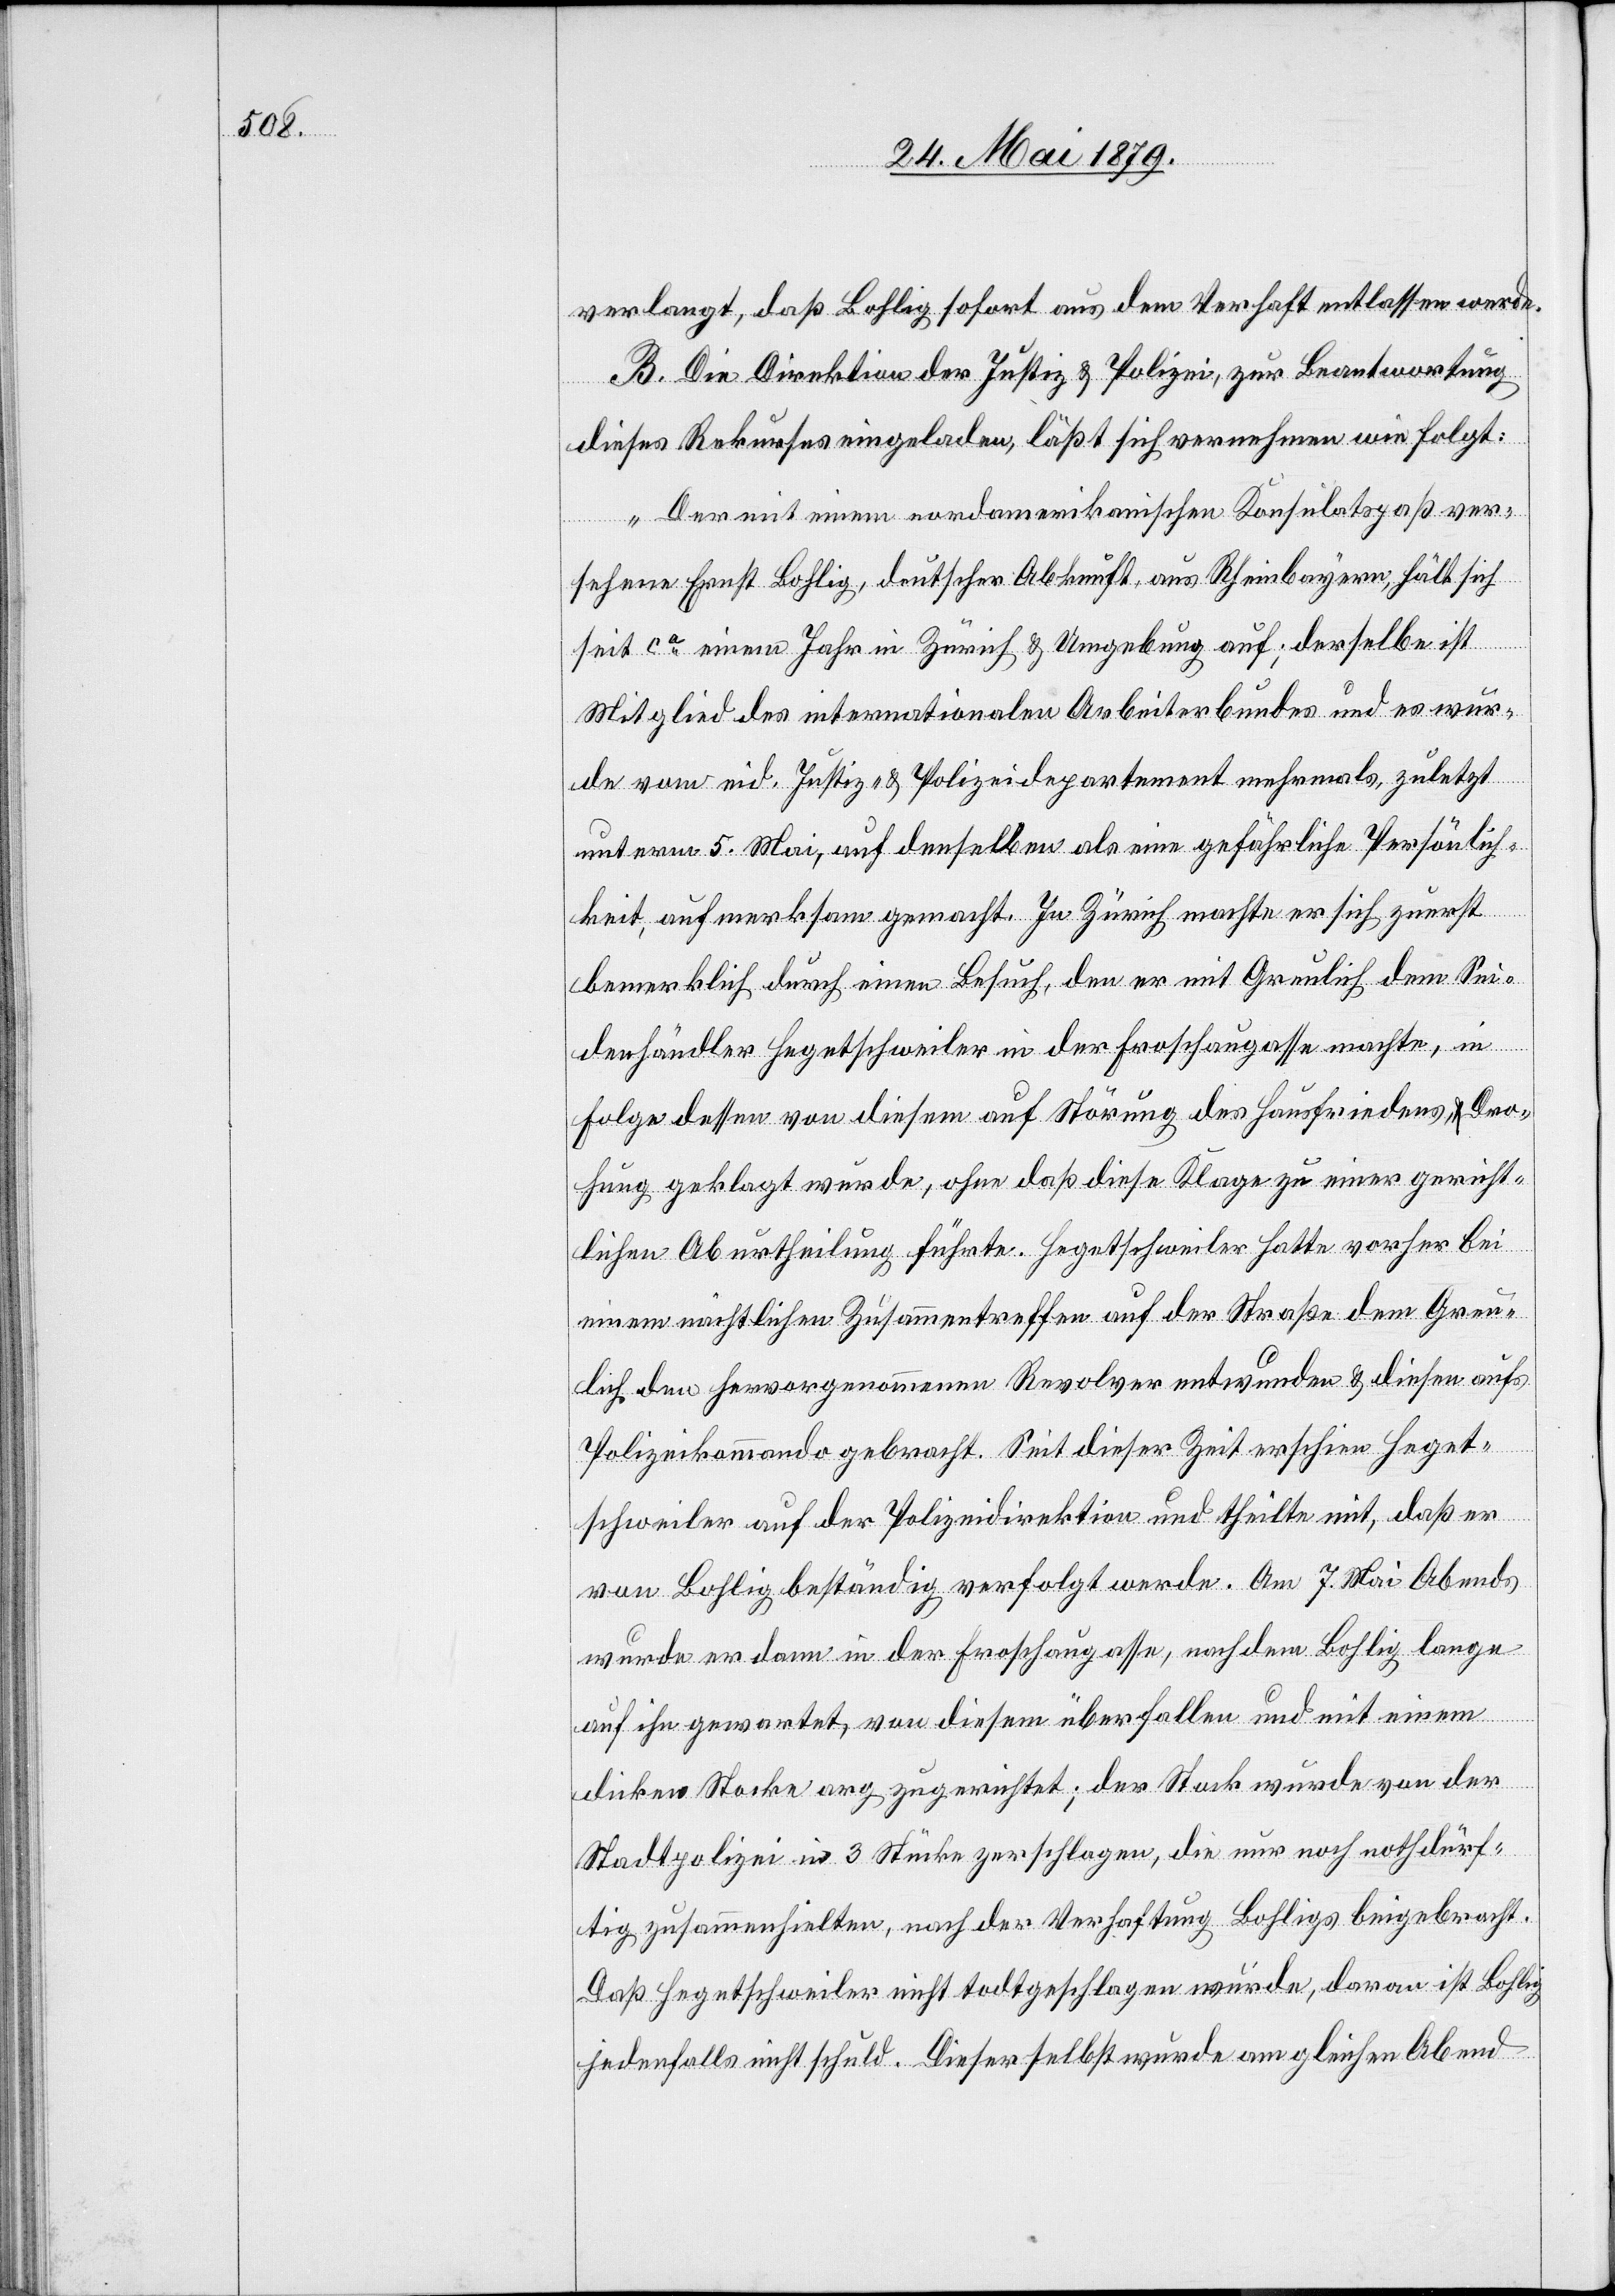
verlangt, daß Bohlig sofort aus dem Verhaft entlassen werde.
B. Die Direktion der Justiz & Polizei, zur Beantwortung
dieses Rekurses eingeladen, läßt sich vernehmen wie folgt:
„Der mit einem nordamerikanischen Konsulatspaß ver¬
sehene Ernst Bohlig, deutscher Abkunft, aus Rheinbayern, hält sich
seit ca einem Jahr in Zürich & Umgebung auf; derselbe ist
Mitglied des internationalen Arbeiterbundes und es wur¬
de vom eid. Justiz- & Polizeidepartement mehrmals, zuletzt
unterm 5. Mai, auf denselben als eine gefährliche Persönlich¬
keit, aufmerksam gemacht. In Zürich machte er sich zuerst
bemerklich durch einen Besuch, den er mit Greulich dem Sei¬
denhändler Hegetschweiler in der Froschaugasse machte, in
Folge dessen von diesem auf Störung des Hausfriedens & Dro¬
hung geklagt wurde, ohne daß diese Klage zu einer gericht¬
lichen Aburtheilung führte. Hegetschweiler hatte vorher bei
einem nächtlichen Zusammentreffen auf der Straße dem Greu¬
lich den hervorgenommenen Revolver entwunden & diesen aufs
Polizeikommando gebracht. Seit dieser Zeit erschien Heget¬
schweiler auf der Polizeidirektion und theilte mit, daß er
von Bohlig beständig verfolgt werde. Am 7. Mai Abends
wurde er dann in der Froschaugasse, nachdem Bohlig lange
auf ihn gewartet, von diesem überfallen und mit einem
dicken Stocke arg zugerichtet; der Stock wurde von der
Stadtpolizei in 3 Stücke zerschlagen, die nur noch nothdürf¬
tig zusammenhielten, nach der Verhaftung Bohligs beigebracht.
Daß Hegetschweiler nicht todtgeschlagen wurde, daran ist Bohlig
jedenfalls nicht schuld. Dieser selbst wurde am gleichen Abend